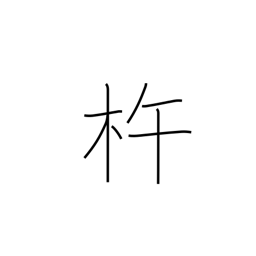
Meaning: wooden pestle